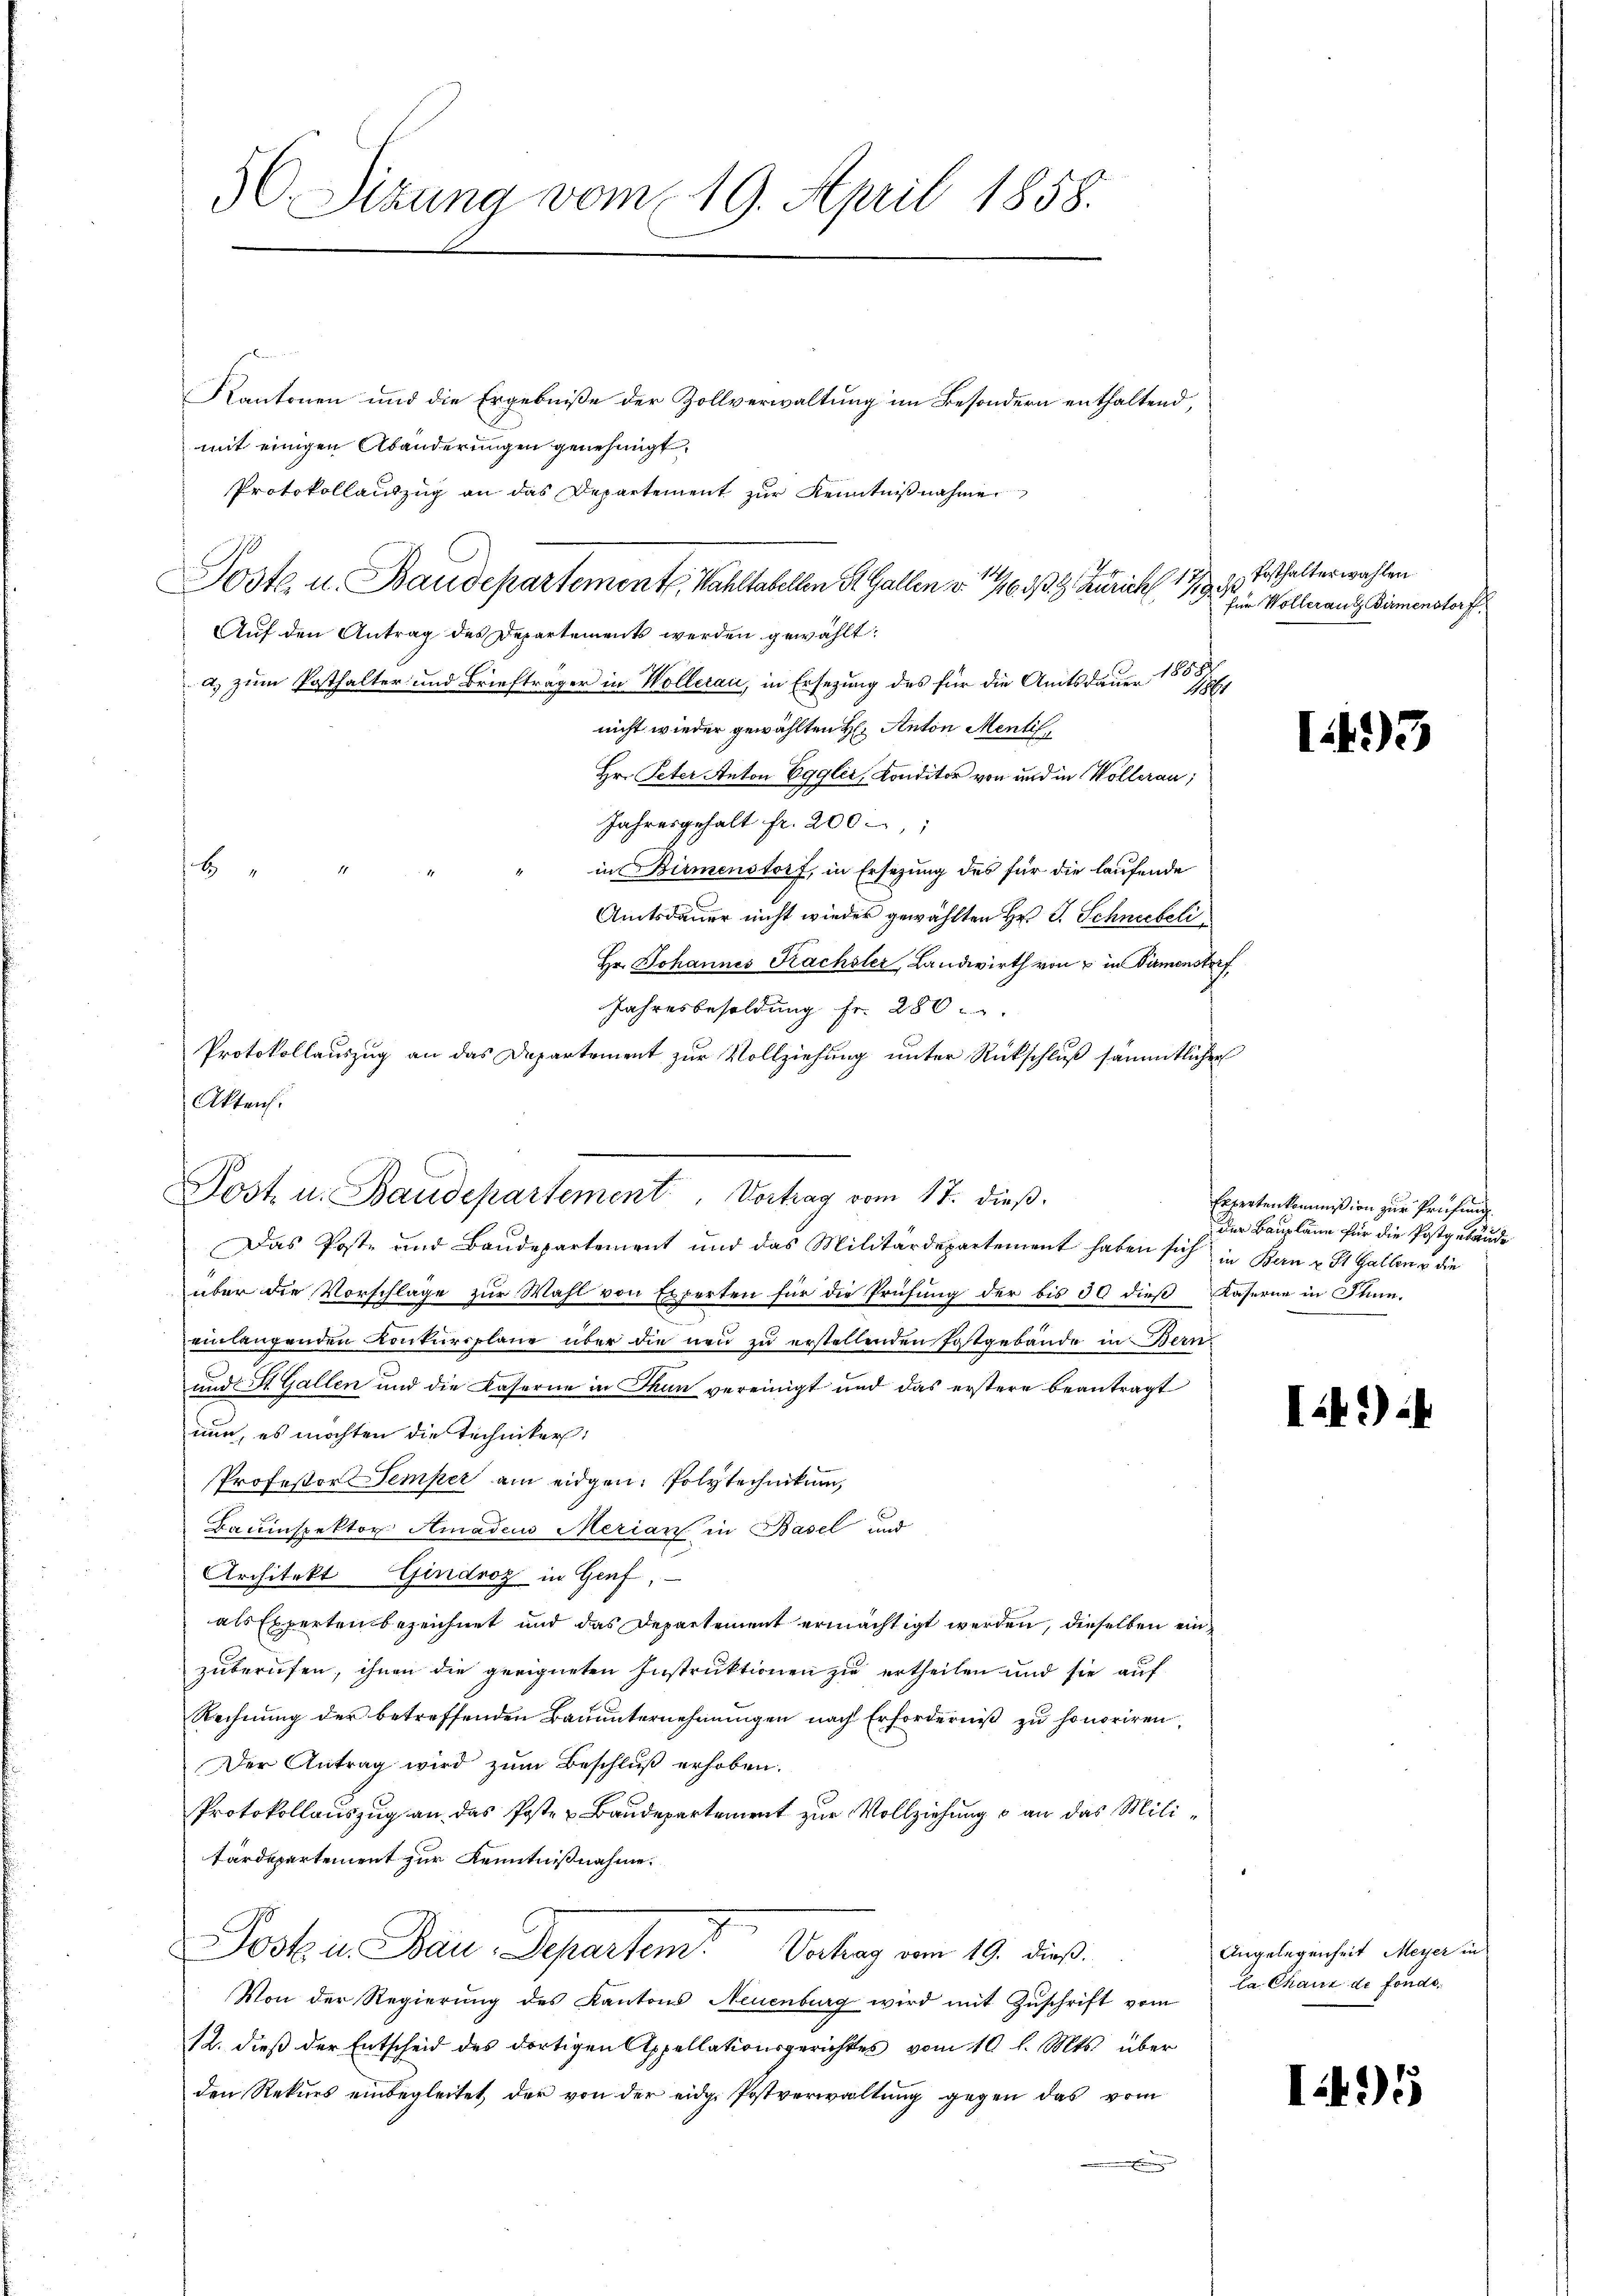
5C Sizung vom 19. April 1858.

Kantonen und die Ergebniße der Zollverwaltung im Besondern enthaltend,
mit einigen Abänderungen genehmigt.
a) zum Posthalter und Briefträger in Wollerau, in Ersezung des für die Amtsdauer 1858
1
nicht wieder gewählten H: Anton Mentil,
Hr. Peter Anton Egglić, Konditor von und in Wollerau;
Jahresgehalt fr. 200
b
in Birmenstorf, in Ersezung des für die laufende
Amtsdauer nicht wieder gewählten Hr. P. Schneebeli
Hr. Johannes Kachsler, Landwirth von u in Kamenster,
Jahresbesoldung fr. 280.
Protokollauszug an das Departement zur Vollziehung unter Rückschluß sämmtlichen
Akten.

Poste. u. Baudepartemente Wahltabellen St. Gallen v. 16. 333. Zürich 1779. 1. Es halterwahlen
Auf den Antrag des Departements werden gewählt:

Protokollauszug an das Departement zur Kenntnißnahme

Post. u. Baudepartement. Vortrag vom 17. dieß.
Das Poste und Baudepartement und das Militärdepartement haben sich in Bern u. St. Gallen u die

über die Vorschläge zur Wahl von Experten für die Prüfung der bis 30 dieß Kaserne in Thuneinlangenden Konkurspläne über die neu zu erstellenden festgebäude in Bern.
und St. Gallen und die Kaserne in Thun vereinigt und das erstere beantragt
nun, es möchten die Techniker,
Professor Temper am eidgen: Polytechnikum,
Bauinspektor Amadeus Merian in Basel und
Architekt Gindroz in Genf,
als Experten bezeichnet und das Departement ermächtigt werden, dieselben einzuberufen, ihnen die geeigneten Instruktionen zu ertheilen und sie auf
Rechnung der betreffenden Bauunternehmungen nach Erforderniß zu honoriren
Der Antrag wird zum Beschluß erhoben.
Protokollauszug an das Poste u Baudepartement zur Vollziehung & an das Militärdepartement zur Kenntnißnahme.
Post in Bau-Departem Vortrag vom 19. dieß
Von der Regierŭng des Kantons Neuenburg wird mit Zŭschrift vom
12. dieß der Entscheid des dortigen Appellationsgerichtes vom 10 l. Mts. über
den Rekurs einbegleitet, der von der eidg. Postverwaltung gegen das vom
.

Ein Vollerang Birmenstorf,

1495

Erpertenkommißion zur Prüfung
Der Baupläne für die Postgebäude

)

)

Angelegenheit Meyer in
la Chaus de fonds.

I495